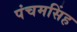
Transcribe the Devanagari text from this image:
पंचमसिंह